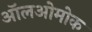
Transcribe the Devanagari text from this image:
ऑलओमोक